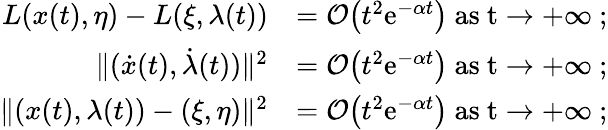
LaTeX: \begin{array}{rl}{L(x(t),\eta)-L(\xi,\lambda(t))}&{=\mathcal{O}\big(t^{2}\mathrm{e}^{-\alpha t}\big)\ \mathrm{as~t\to+\infty~};}\\ {\lVert(\dot{x}(t),\dot{\lambda}(t))\rVert^{2}}&{=\mathcal{O}\big(t^{2}\mathrm{e}^{-\alpha t}\big)\ \mathrm{as~t\to+\infty~};}\\ {\lVert(x(t),\lambda(t))-(\xi,\eta)\rVert^{2}}&{=\mathcal{O}\big(t^{2}\mathrm{e}^{-\alpha t}\big)\ \mathrm{as~t\to+\infty~};}\end{array}